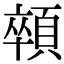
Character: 顇